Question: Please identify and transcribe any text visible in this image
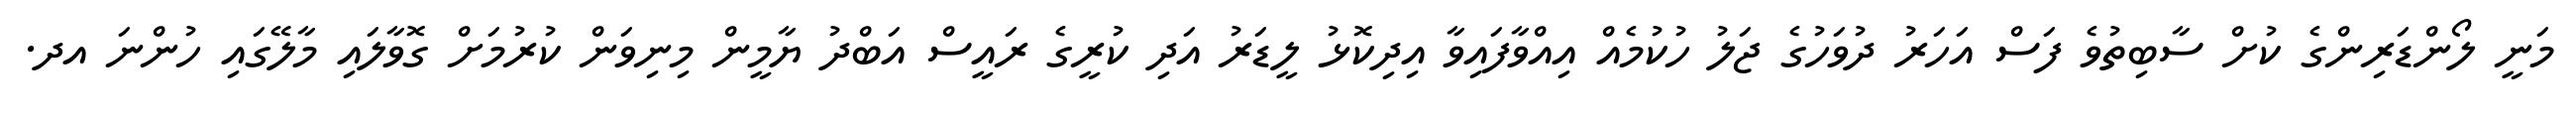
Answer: މަނީ ލޯންޑަރިންގެ ކުށް ސާބިތުވެ ފަސް އަހަރު ދުވަހުގެ ޖަލު ހުކުމެއް އިއްވާފައިވާ އިދިކޮޅު ލީޑަރު އަދި ކުރީގެ ރައީސް އަބްދު ޔާމީން މިނިވަން ކުރުމަށް ގޮވާލައި މާލޭގައި ހުންނަ އދ.